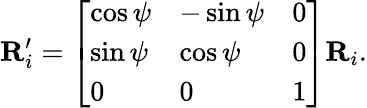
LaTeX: \mathbf{R}_{i}^{\prime}=\left[\begin{array}{lll}{\cos{\psi}}&{-\sin{\psi}}&{0}\\ {\sin{\psi}}&{\cos{\psi}}&{0}\\ {0}&{0}&{1}\end{array}\right]\mathbf{R}_{i}.